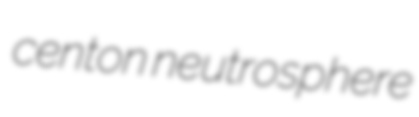
centon neutrosphere